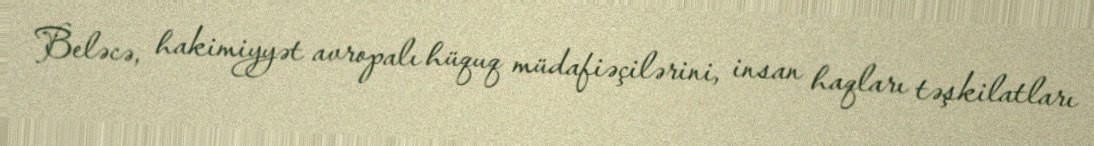
Beləcə, hakimiyyət avropalı hüquq müdafiəçilərini, insan haqları təşkilatları